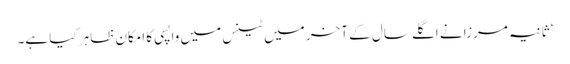
‘ ثانیہ مرزا نے اگلے سال کے آخر میں ٹینس میں واپسی کا امکان ظاہر کیا ہے۔